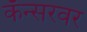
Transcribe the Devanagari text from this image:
कॅन्सरवर